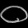
Digit: ၀